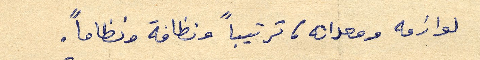
لوازمه ومعداته، ترتيباً ونظافة ونظاماً.